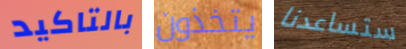
بالتاكيد يتخذون ستساعدنا